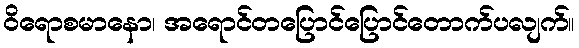
ဝိရောစမာနော၊ အရောင်တပြောင်ပြောင်တောက်ပလျက်။